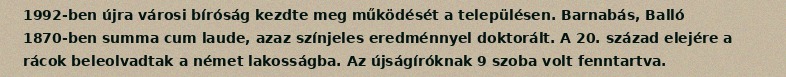
1992-ben újra városi bíróság kezdte meg működését a településen. Barnabás, Balló 1870-ben summa cum laude, azaz színjeles eredménnyel doktorált. A 20. század elejére a rácok beleolvadtak a német lakosságba. Az újságíróknak 9 szoba volt fenntartva.